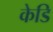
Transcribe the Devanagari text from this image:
केडि